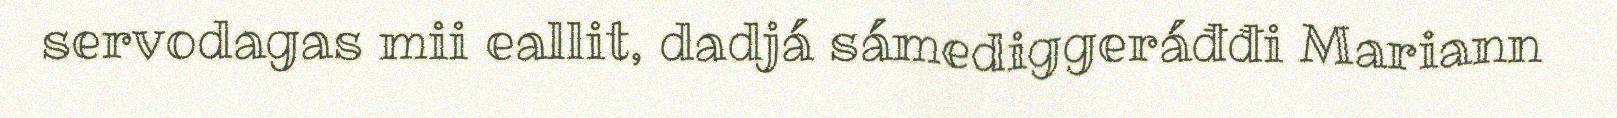
servodagas mii eallit, dadjá sámediggeráđđi Mariann